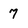
Character: 7